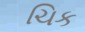
ચિક